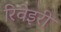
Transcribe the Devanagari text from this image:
रिवेइरी